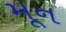
મૂન